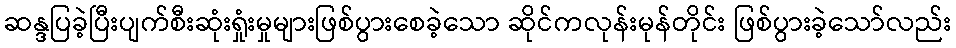
ဆန္ဒပြခဲ့ပြီးပျက်စီးဆုံးရှုံးမှုများဖြစ်ပွားစေခဲ့သော ဆိုင်ကလုန်းမုန်တိုင်း ဖြစ်ပွားခဲ့သော်လည်း